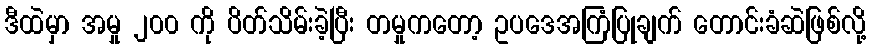
ဒီထဲမှာ အမှု ၂၀၀ ကို ပိတ်သိမ်းခဲ့ပြီး တမှုကတော့ ဥပဒေအကြံပြုချက် တောင်းခံဆဲဖြစ်လို့